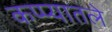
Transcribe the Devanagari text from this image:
कप्प्यातले